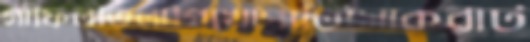
গাফিলতিলাগিখোপাটিসোকরাট